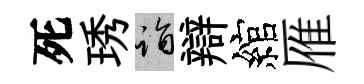
死琇诣辯綰雁